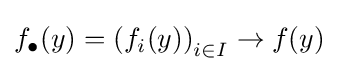
f_{\bullet }(y)=\left(f_{i}(y)\right)_{i\in I}\to f(y)